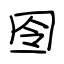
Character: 囹